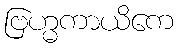
ဗြဟ္မကာယိကေ